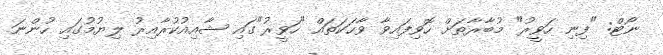
ނޯޓް: "ފިނި ހަވީރު" މުބާރާތަށް ހޮވިފައިވާ ވާހަކަތައް "ހަވީރު"ގައި ޝާއިއުކުރާއިރު ލިޔުމުގައި ހުންނަ